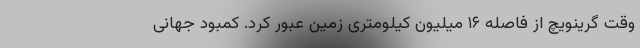
وقت گرینویچ از فاصله ۱۶ میلیون کیلومتری زمین عبور کرد. کمبود جهانی